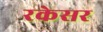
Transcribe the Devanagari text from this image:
रकेसर